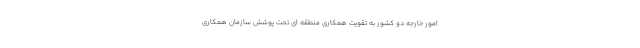
امور خارجه دو کشور به تقویت همکاری منطقه ای تحت پوشش سازمان همکاری